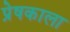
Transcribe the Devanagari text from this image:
प्रेषकाला